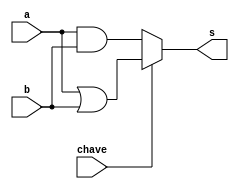
// --------------------- 
// Exercicio0032
// Nome: Marcio Enio G Dutra Junior 
// --------------------- 
 
// ------------------------- 
//  f4_gate 
// ------------------------- 
module f4 (output s, input a, input b, input chave); 
	wire s0; 
	wire s1; 
	wire notchave;
	
	not(notchave, chave);
	or or1(s0, a, b);
	
	and and1(s1, a, b);

	assign s = chave? s0: s1;

endmodule // f4 
 
module test_f4; 
// ------------------------- definir dados 
       reg x; 
       reg y; 
       wire z; 
		 reg chave;
 
       f4 modulo (z, x, y, chave); 
 
// ------------------------- parte principal 
 
   initial begin 
         $display("Exemplo0032 - Marcio Enio G Dutra Junior - 441698"); 
         $display("Test LU's module"); 
			
			  chave = 1;
           x = 1'b0;       y = 1'b0; 
 
   // projetar testes do modulo 
   #1   $monitor("%3b %3b = %3b \tChave = %3b",x,y,z,chave); 
	#1	  chave = 0; 
	#1   x = 1'b0;  y = 1'b1; 
	#1	  chave = 1; 
	#1   x = 1'b1;  y = 1'b0;
	#1	  chave = 0; 
	#1   x = 1'b1;  y = 1'b1;
	#1	  chave = 1; 
 
   end 
 
endmodule // test_f4